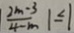
\frac { 2 m - 3 } { 4 - m } 1 \leq 1